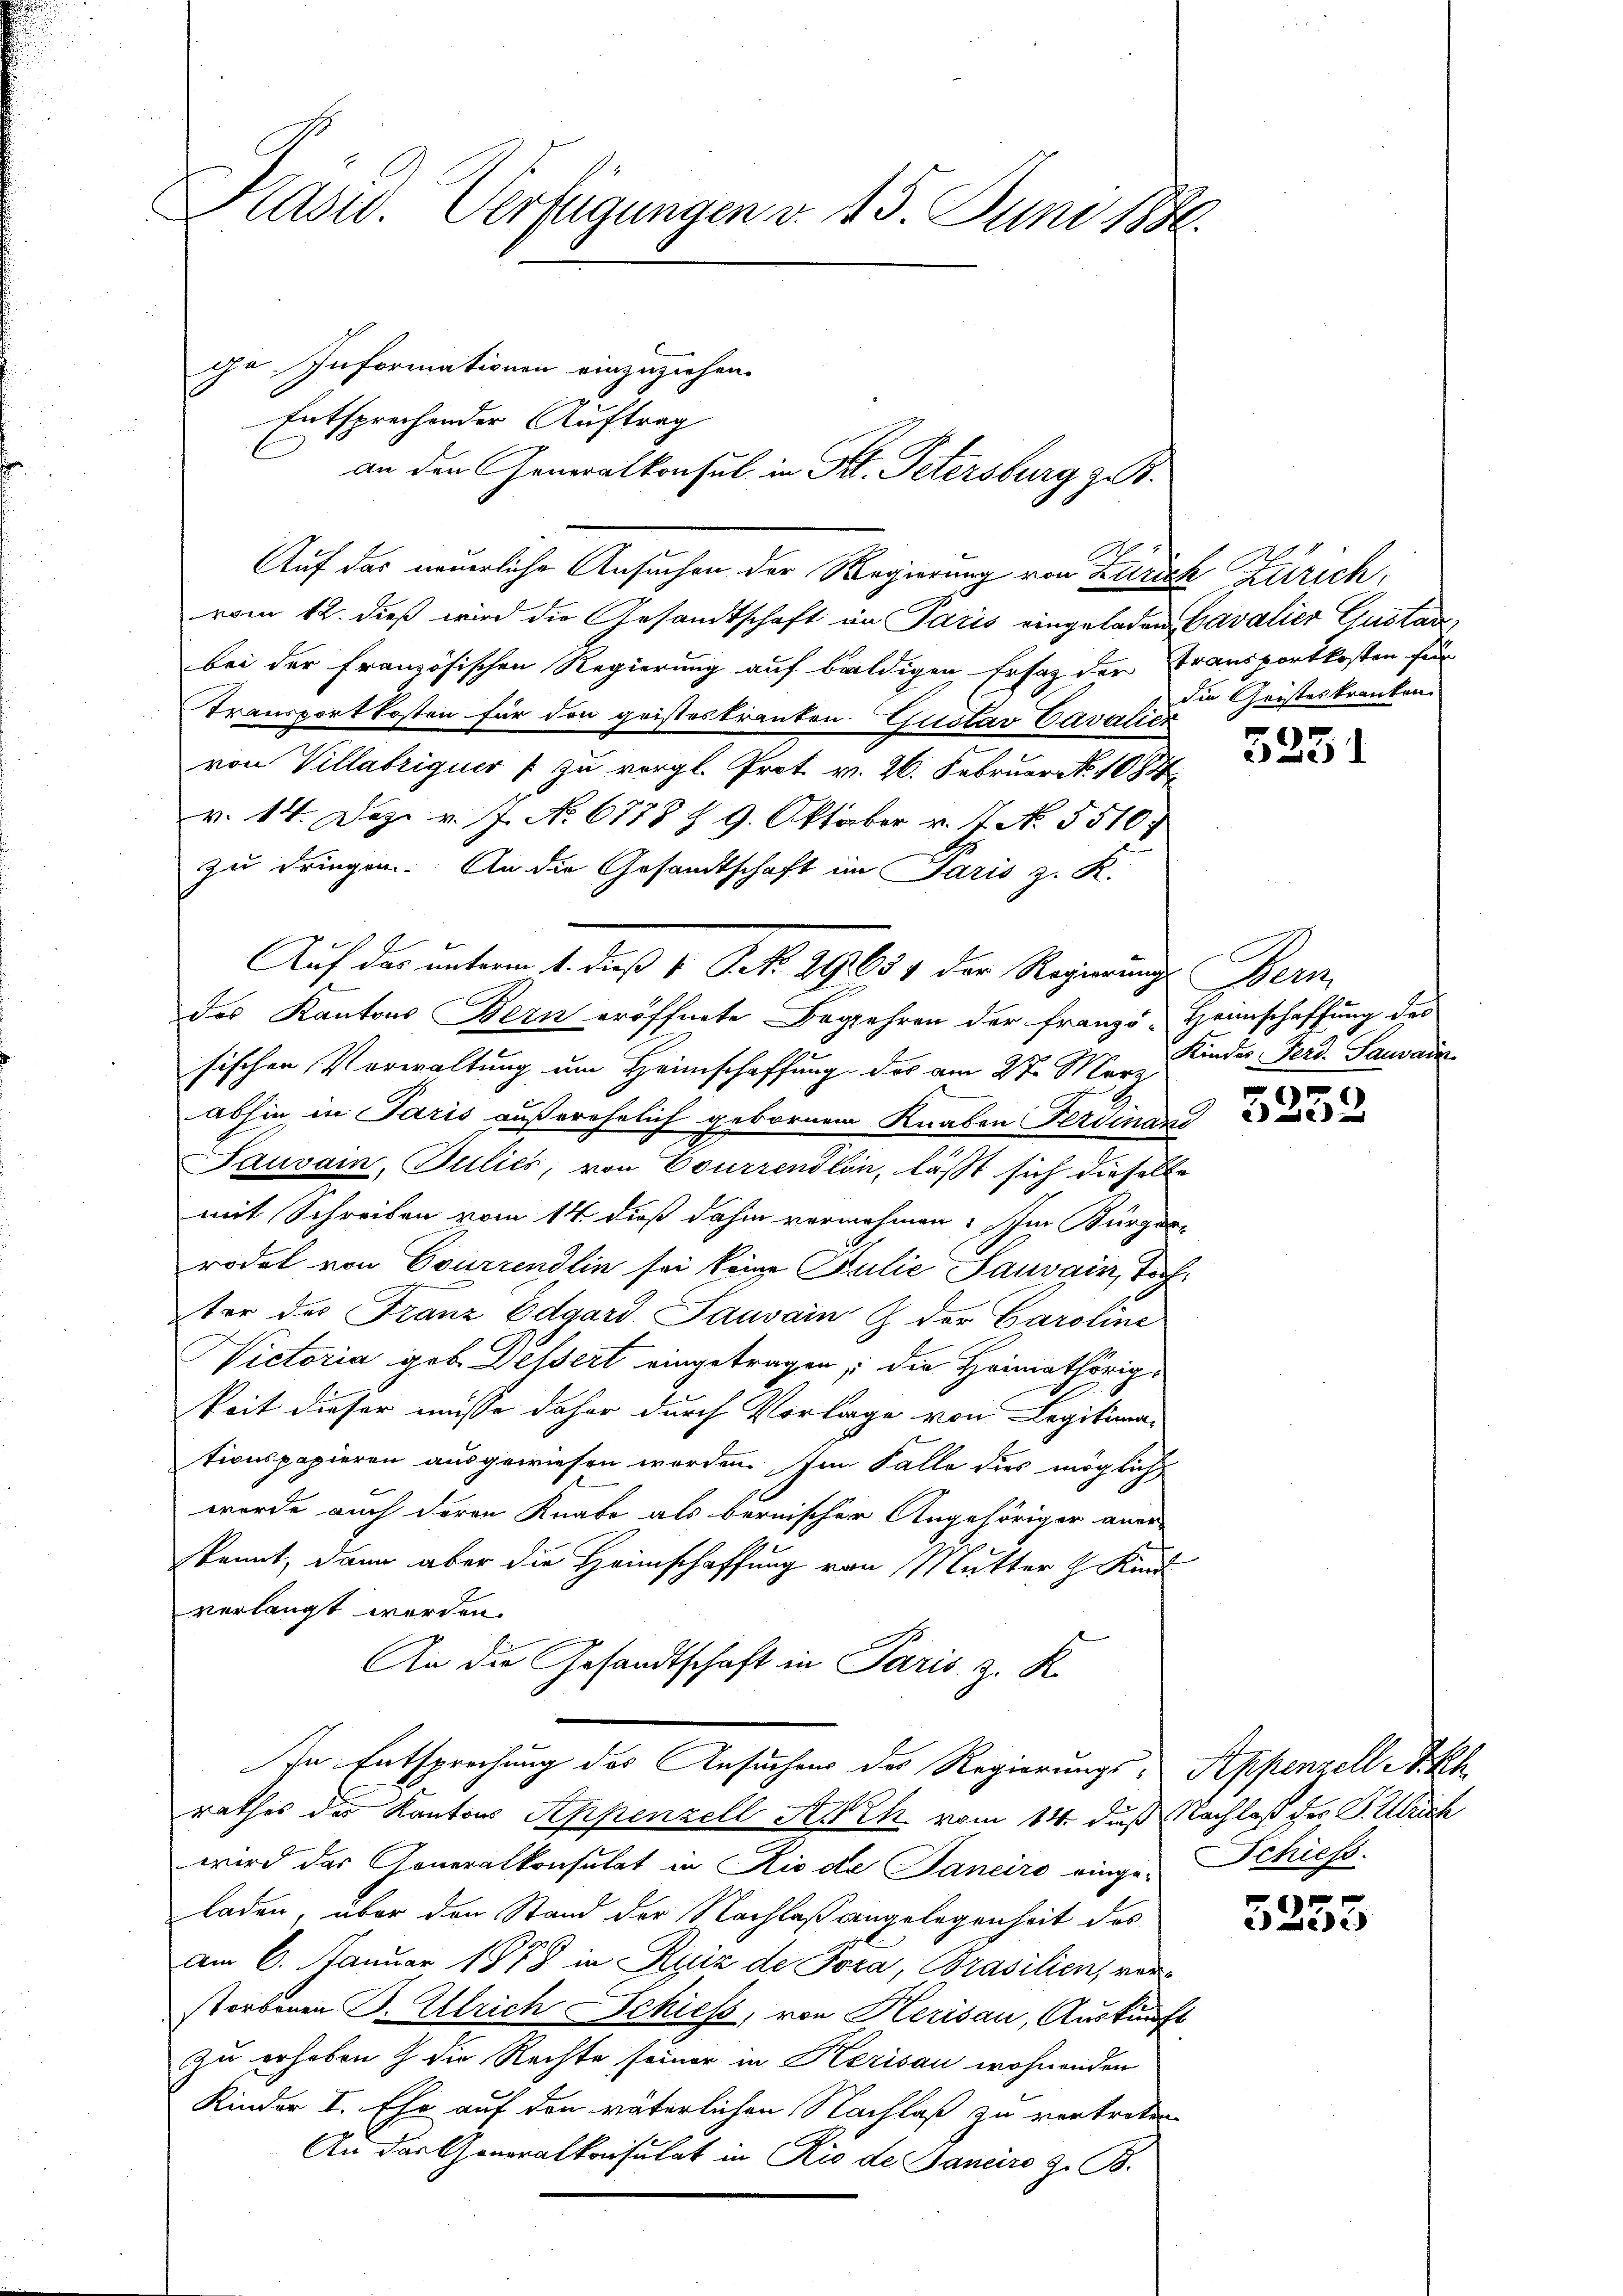
Präsid. Verfügungen v. 15. Juni 1886.

ge Informationen einzuziehen.
Entsprechender Auftrag
Auf das neuerliche Ansuchen der Regierung von Zürich Zürich,
vom 12. dieß wird die Gesandtschaft im Paris eingeladen Cavalier Gustanz,
bei der französischen Regierung auf baldigen Ersatz der Transportkosten für
Transportkosten für den geistes tranten Gustav Cavalier
von Villabriquer zu vergl. Prot v. 26. Februar No. 1084
v. 14. Dez. v. J. No 6778 & 9. Oktober v. J. N. 5510.
zu dringen. An die Gesandtschaft im Paris z. K.
des Kantons Bern eröffnete Begehren der franzö- Heinschaffŭng des
sischen Vorwaltung um Heimschaffung des am 27. Mai Kinder Ferd. Sauvaiz
abhin in Paris außerehelich gebornem Knaben Ferdinan
Pausam, Julies, von Courrendlin, läßt sich dieselbe
mit Schreiben vom 14. dieß dahin vernehmen. Im Kürzer
rodel von Courrendlin sei keine Julie Sauvain, Toch
ter des Franz Edgard Sauvain & der Caroline
Victoria geb. Dessert eingetragen, die Heimathörigkeit dieser müsse daher durch Vorlage von Legitima-
tionspapieren ausgewiesen worden. Im Falle dies möglich
wurde auch deren Knabe als bernischer Angehöriger aner-
kannt, dann aber die Heimschaffung von Mutter h. Kan
verlangt werden.
An die Gesandtschaft in Paris, z. K.
In Entsprechung des Ansuchens des Regierungs-
rathes des Kantons Appenzell Sieh vom 14. daß Nachlaß der P. Mich
wird das Generalkonsulat in Rio de Janeiro einge-Schiess.
laden, über den Stand der Nachlaßangelegenheit das
am 6. Januar 1878 in Ruiz de Pora, Prasilien, vorstorbenen P. Ulrich Schiess, von Kerisau, Auskunft
zu erheben & die Rechte seiner in Kerisau wohnenden
Kinder I. Ehe auf den väterlichen Nachlaß zu vertreten
An das Generalkonsulat in Rio de Janeiro z. B.

an den Generalkonsul in Frl. Petersburg z. B.

Auf der unterm 1. dieß 4. Oct. 29651 der Regierung Bern

die Geisteskranken.

2

5251

5252

Appenzell I.Rh.

r
) Bei